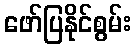
ဖော်ပြနိုင်စွမ်း